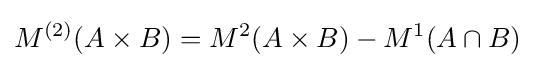
M^{(2)}(A\times B)=M^{2}(A\times B)-M^{1}(A\cap B)